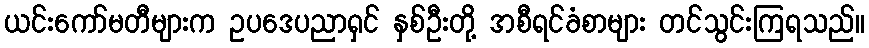
ယင်းကော်မတီများက ဥပဒေပညာရှင် နှစ်ဦးတို့ အစီရင်ခံစာများ တင်သွင်းကြရသည်။